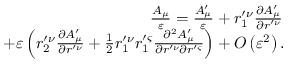
\begin{array} { r l r } & { } & { \left. \frac { A _ { \mu } } { \varepsilon } = \frac { A _ { \mu } ^ { \prime } } { \varepsilon } + r _ { 1 } ^ { \prime \nu } \frac { \partial A _ { \mu } ^ { \prime } } { \partial r ^ { \prime \nu } } \right. } \\ & { } & { + \varepsilon \left( r _ { 2 } ^ { \prime \nu } \frac { \partial A _ { \mu } ^ { \prime } } { \partial r ^ { \prime \nu } } + \frac { 1 } { 2 } r _ { 1 } ^ { \prime \nu } r _ { 1 } ^ { \prime \varsigma } \frac { \partial ^ { 2 } A _ { \mu } ^ { \prime } } { \partial r ^ { \prime \nu } \partial r ^ { \prime \varsigma } } \right) + O \left( \varepsilon ^ { 2 } \right) . } \end{array}